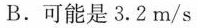
B. 可能是3.2m/s